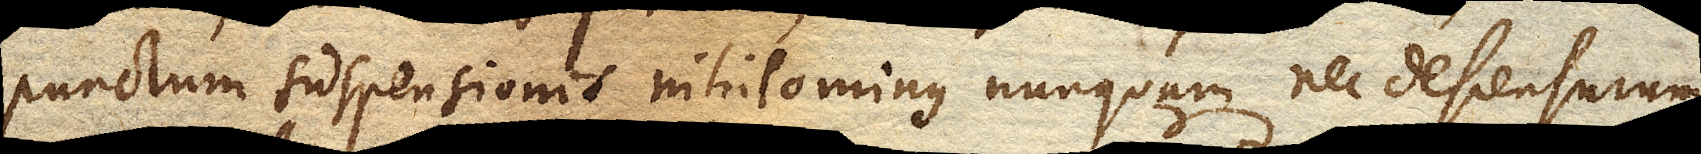
punctum suspensionis nihilominus nunquam nec descensurum